Annual administration and progress report of the Indian Medical Department, Bombay
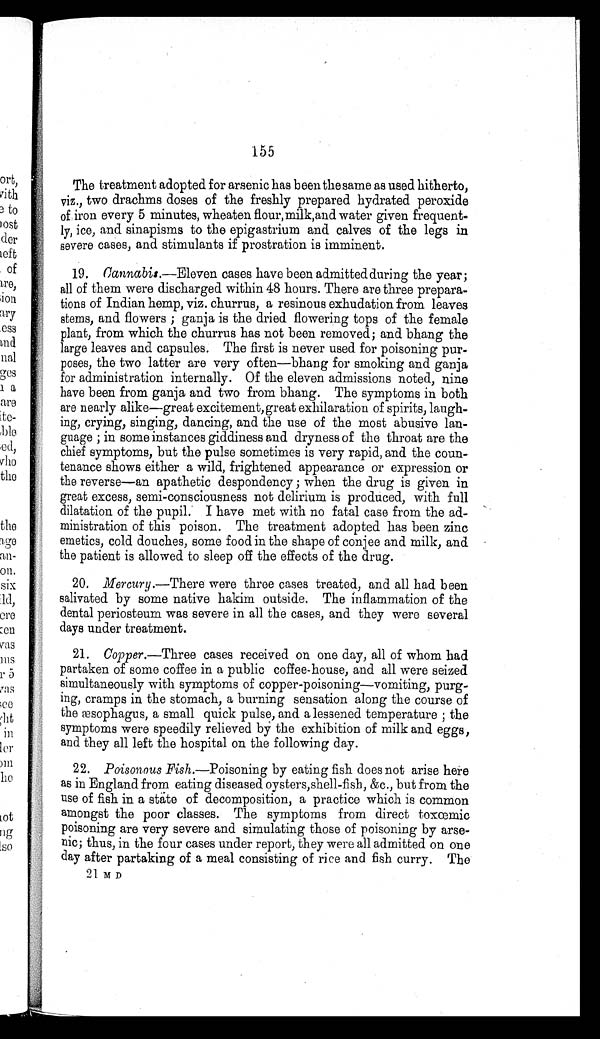
155
The treatment adopted for arsenic has been the same as used hitherto,
viz., two drachms doses of the freshly prepared hydrated peroxide
of iron every 5 minutes, wheaten flour, milk,and water given frequent
-ly, ice, and sinapisms to the epigastrium and calves of the legs in
severe cases, and stimulants if prostration is imminent.
19.
Cannabis. —Eleven cases have been admitted during the year;
all of them were discharged within 48 hours. There are three prepara
- t i o n s o f I n d i a n h e m p , v i z . c h u r r u s , a r e s i n o u s e x h u d a t i o n f r o m l e a v e s
stems, and flowers ; ganja is the dried flowering tops of the female
plant, from which the churrus has not been removed; and bhang the
large leaves and capsules. The first is never used for poisoning pur
- p o s e s , t h e t w o l a t t e r a r e v e r y o f t e n — b h a n g f o r s m o k i n g a n d g a n j a
for administration internally. Of the eleven admissions noted, nine
have been from ganja and two from bhang. The symptoms in both
are nearly alike—great excitement, great exhilaration of spirits, laugh
-ing, crying, singing, dancing, and the use of the most abusive lan
- g u a g e ; i n s o m e i n s t a n c e s g i d d i n e s s a n d d r y n e s s o f t h e t h r o a t a r e t h e
chief symptoms, but the pulse sometimes is very rapid, and the coun
- t e n a n c e s h o w s e i t h e r a w i l d , f r i g h t e n e d a p p e a r a n c e o r e x p r e s s i o n o r
the reverse—an apathetic despondency; when the drug is given in
great excess, semi-consciousness not delirium is produced, with full
dilatation of the pupil. I have met with no fatal case from the ad
- m i n i s t r a t i o n o f t h i s p o i s o n . T h e t r e a t m e n t a d o p t e d h a s b e e n z i n c
emetics, cold douches, some food in the shape of conjee and milk, and
the patient is allowed to sleep off the effects of the drug.
20. Mercury.— There were throe cases treated, and all had been
salivated by some native hakim outside. The inflammation of the
dental periosteum was severe in all the cases, and they were several
days under treatment.
21.
Copper. —Three cases received on one day, all of whom had
partaken of some coffee in a public coffee-house, and all were seized
simultaneously with symptoms of copper-poisoning—vomiting, purg
- i n g , c r a m p s i n t h e s t o m a c h , a b u r n i n g s e n s a t i o n a l o n g t h e c o u r s e o f
the æsophagus, a small quick pulse, and a lessened temperature; the
symptoms were speedily relieved by the exhibition of milk and eggs,
and they all left the hospital on the following day.
22. Poisonous Fish.—Poisoning by eating fish does not arise here
as in England from eating diseased oysters,shell-fish, &c., but from the
use of fish in a state of decomposition, a practice which is common
amongst the poor classes. The symptoms from direct toxæmic
poisoning are very severe and simulating those of poisoning by arse
- n i c ; t h u s , i n t h e f o u r c a s e s u n d e r r e p o r t , t h e y w e r e a l l a d m i t t e d o n o n e
day after partaking of a meal consisting of rice and fish curry. The
21 M D